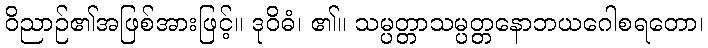
ဝိညာဉ်၏အဖြစ်အားဖြင့်။ ဒုဝိဓံ၊ ၏။ သမ္ပတ္တာသမ္ပတ္တနောဘယဂေါစရတော၊